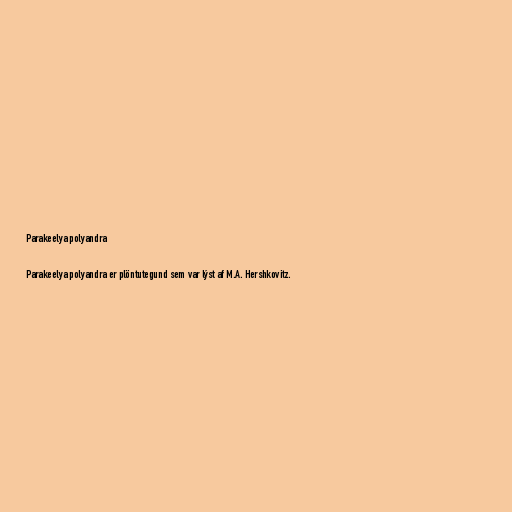
Parakeelya polyandra

Parakeelya polyandra er plöntutegund sem var lýst af M.A. Hershkovitz.